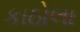
કાઠોલા